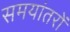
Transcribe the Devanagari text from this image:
समयांतरों